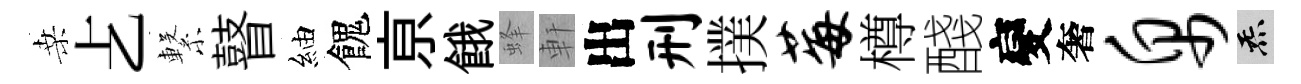
桑𠧒繋瞽紬餽亰餓蜂軒出刑撲莓樽醆變奢帛炁